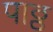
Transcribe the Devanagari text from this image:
पाठ्ठ